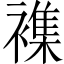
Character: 襍